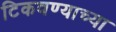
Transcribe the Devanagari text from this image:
टिकवण्याच्या